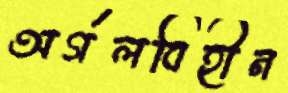
অর্গলবিহীন